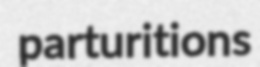
parturitions